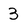
Character: 3